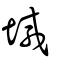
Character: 堿